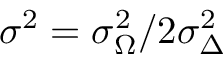
\sigma ^ { 2 } = \sigma _ { \Omega } ^ { 2 } / 2 \sigma _ { \Delta } ^ { 2 }